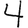
Digit: 4